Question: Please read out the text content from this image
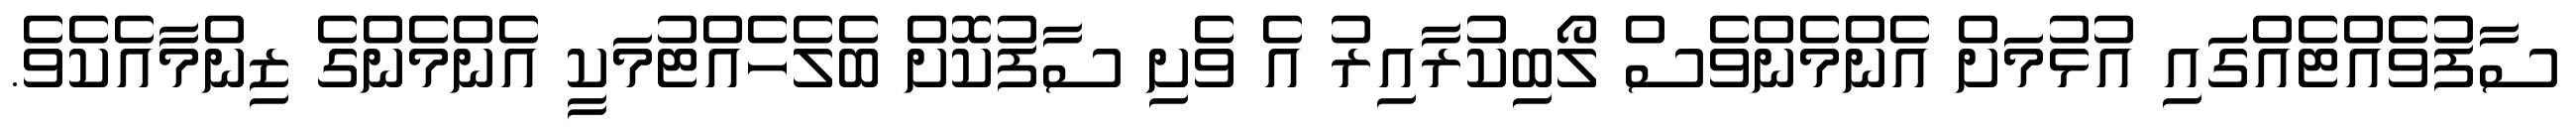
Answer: ސާފުވެއްޓެއްގައި އުޅުމަށް އެންމެންވެސް ލޯބިކުރާއިރު އެ ވެށި ސާފުކޮށް ބެލެހެއްޓުމަކީ އެންމެންގެ ޒިންމާއެކެވެ.